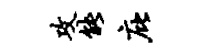
攻能庇